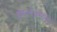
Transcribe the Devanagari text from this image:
इंग्लंडनंतर